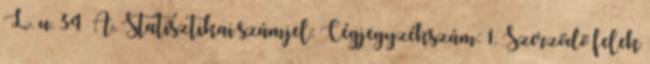
L. u. 34 A, Statisztikai számjel: Cégjegyzékszám: 1. Szerződő felek